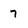
Character: 7